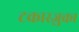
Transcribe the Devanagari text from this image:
टकारज़ुका